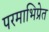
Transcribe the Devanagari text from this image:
परमाभिप्रेत